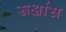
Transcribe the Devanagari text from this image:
रूक्षांस